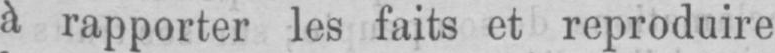
à rapporter les faits et reproduire